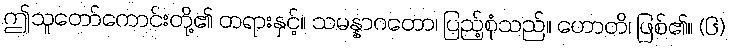
ဤသူတော်ကောင်းတို့၏ တရားနှင့်။ သမန္နာဂတော၊ ပြည့်စုံသည်။ ဟောတိ၊ ဖြစ်၏။ (၆)